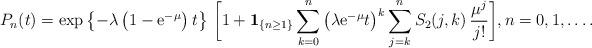
LaTeX: \begin{align*} P_n(t)=\exp\left\{-\lambda\left(1-{\rm e}^{-\mu}\right)t\right\}\, \bigg[1+{\bf 1}_{\{n\geq 1\}} \sum_{k=0}^n \left(\lambda{\rm e}^{-\mu}t\right)^k \sum_{j=k}^n S_2(j,k)\, {\mu^{j}\over j!}\bigg], n=0,1,\ldots. \end{align*}